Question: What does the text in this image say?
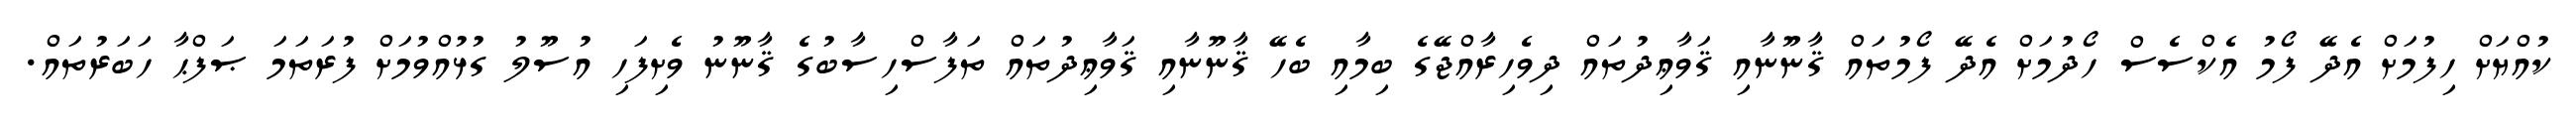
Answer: ކުއްޔަށް ހިފުމަށް އެދޭ ފޯމު އެކްސެސް ހޯދުމަށް އެދޭ ފޯމުތައް ޤާނޫނާއި ޤަވާޢިދުތައް ދިވެހިރާއްޖޭގެ ބިމާއި ބެހޭ ޤާނޫނާއި ޤަވާޢިދުތައް ތަފާސްހިސާބުގެ ޤާނޫނު ވެށިފަހި އުސޫލު ގުޅުއްވުމަށް ފުރަތަމަ ޞަފްޙާ ހަބަރުތައް.